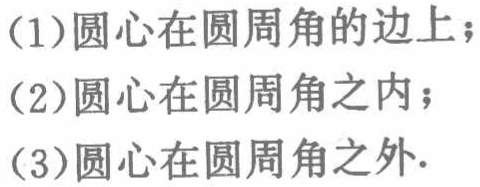
(1)圆心在圆周角的边上；
(2)圆心在圆周角之内；
(3)圆心在圆周角之外.